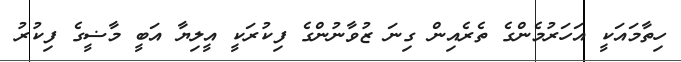
ހިތާމައަކީ އަހަރުމެންގެ ތެރެއިން ގިނަ ޒުވާނުންގެ ފިކުރަކީ އީލިޔާ އަބީ މާޟީގެ ފިކުރު